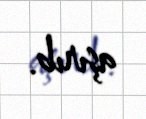
aşırıb.